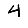
Digit: 4